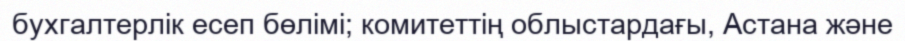
бухгалтерлік есеп бөлімі; комитеттің облыстардағы, Астана және